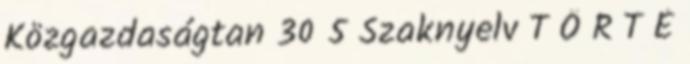
Közgazdaságtan 30 5 Szaknyelv T Ö R T É